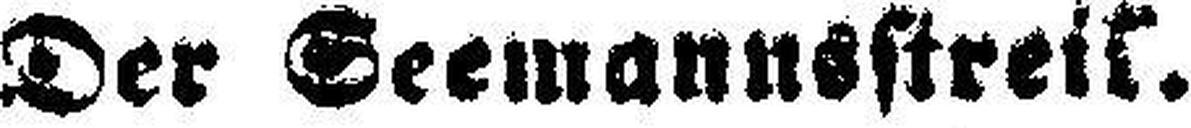
Der Seemannsstreik.